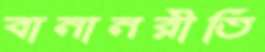
বানানরীতি